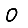
Digit: 0